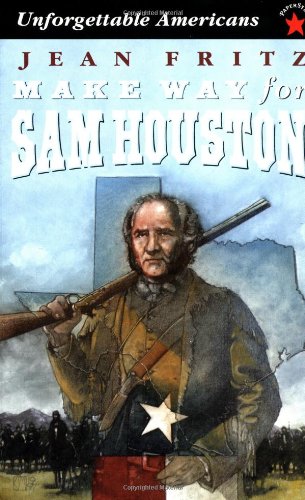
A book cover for Make Way for Sam Houston (Unforgettable Americans); Jean Fritz; Children's Books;